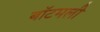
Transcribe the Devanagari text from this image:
बॉटमली